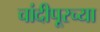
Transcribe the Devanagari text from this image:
चांदीपूरच्या